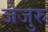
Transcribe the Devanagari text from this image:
जेजुरु